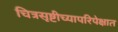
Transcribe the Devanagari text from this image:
चित्रसृष्टीच्यापरिपेक्षात